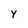
Character: Y